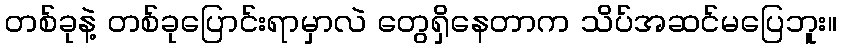
တစ်ခုနဲ့ တစ်ခုပြောင်းရာမှာလဲ တွေရှိနေတာက သိပ်အဆင်မပြေဘူး။